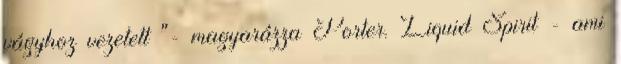
vágyhoz vezetett "- magyarázza Porter. Liquid Spirit - ami